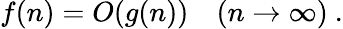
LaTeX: f(n)=O(g(n))\quad(n\rightarrow\infty)~.